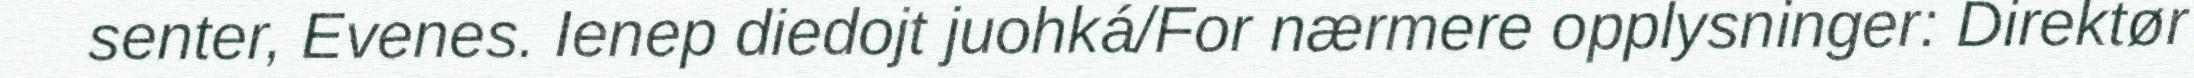
senter, Evenes. Ienep diedojt juohká/For nærmere opplysninger: Direktør